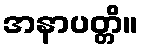
အနာပတ္တိ။